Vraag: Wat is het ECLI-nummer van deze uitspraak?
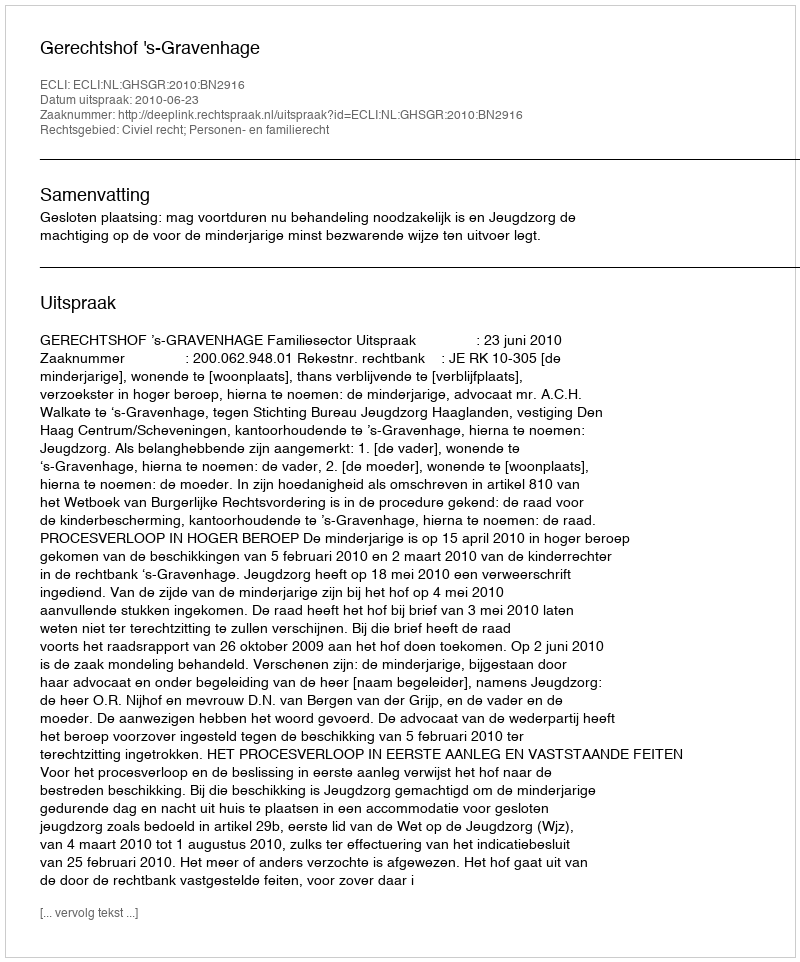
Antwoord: ECLI:NL:GHSGR:2010:BN2916